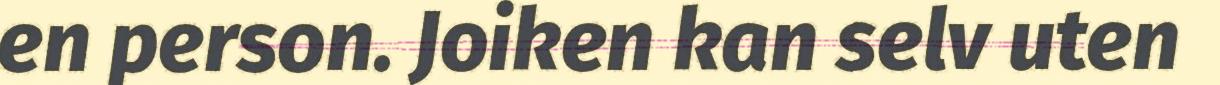
en person. Joiken kan selv uten